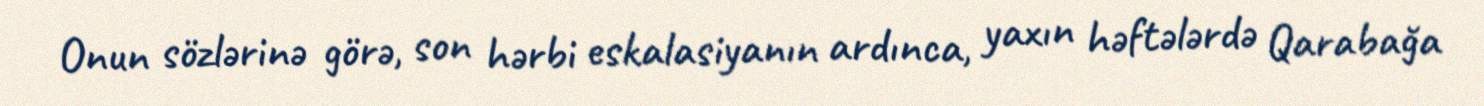
Onun sözlərinə görə, son hərbi eskalasiyanın ardınca, yaxın həftələrdə Qarabağa